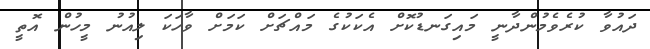
ދައުވާ ކުރެވެމުންދާނީ މައިގަނޑުކޮށް އެކަކުގެ މައްޗަށް ކަމަށް ވާހަކަ ލިއުނު މީހުން އޮތީ